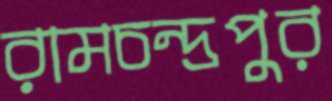
রামচন্দ্রপুর